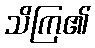
သိကြ၏